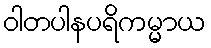
ဝါတပါနပရိကမ္မာယ